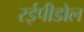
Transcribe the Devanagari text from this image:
रईपीडोल